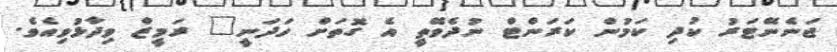
ޖަނެނޭޓަރު ކުދި ކަމުން ކަރަންޓް ނުދެވޭތީ އެ ގޮތަށް ހަދަނީ" ރަމީޒް ވިދާޅުވިއެވެ.